Martna_vallavalitsus, lk 20
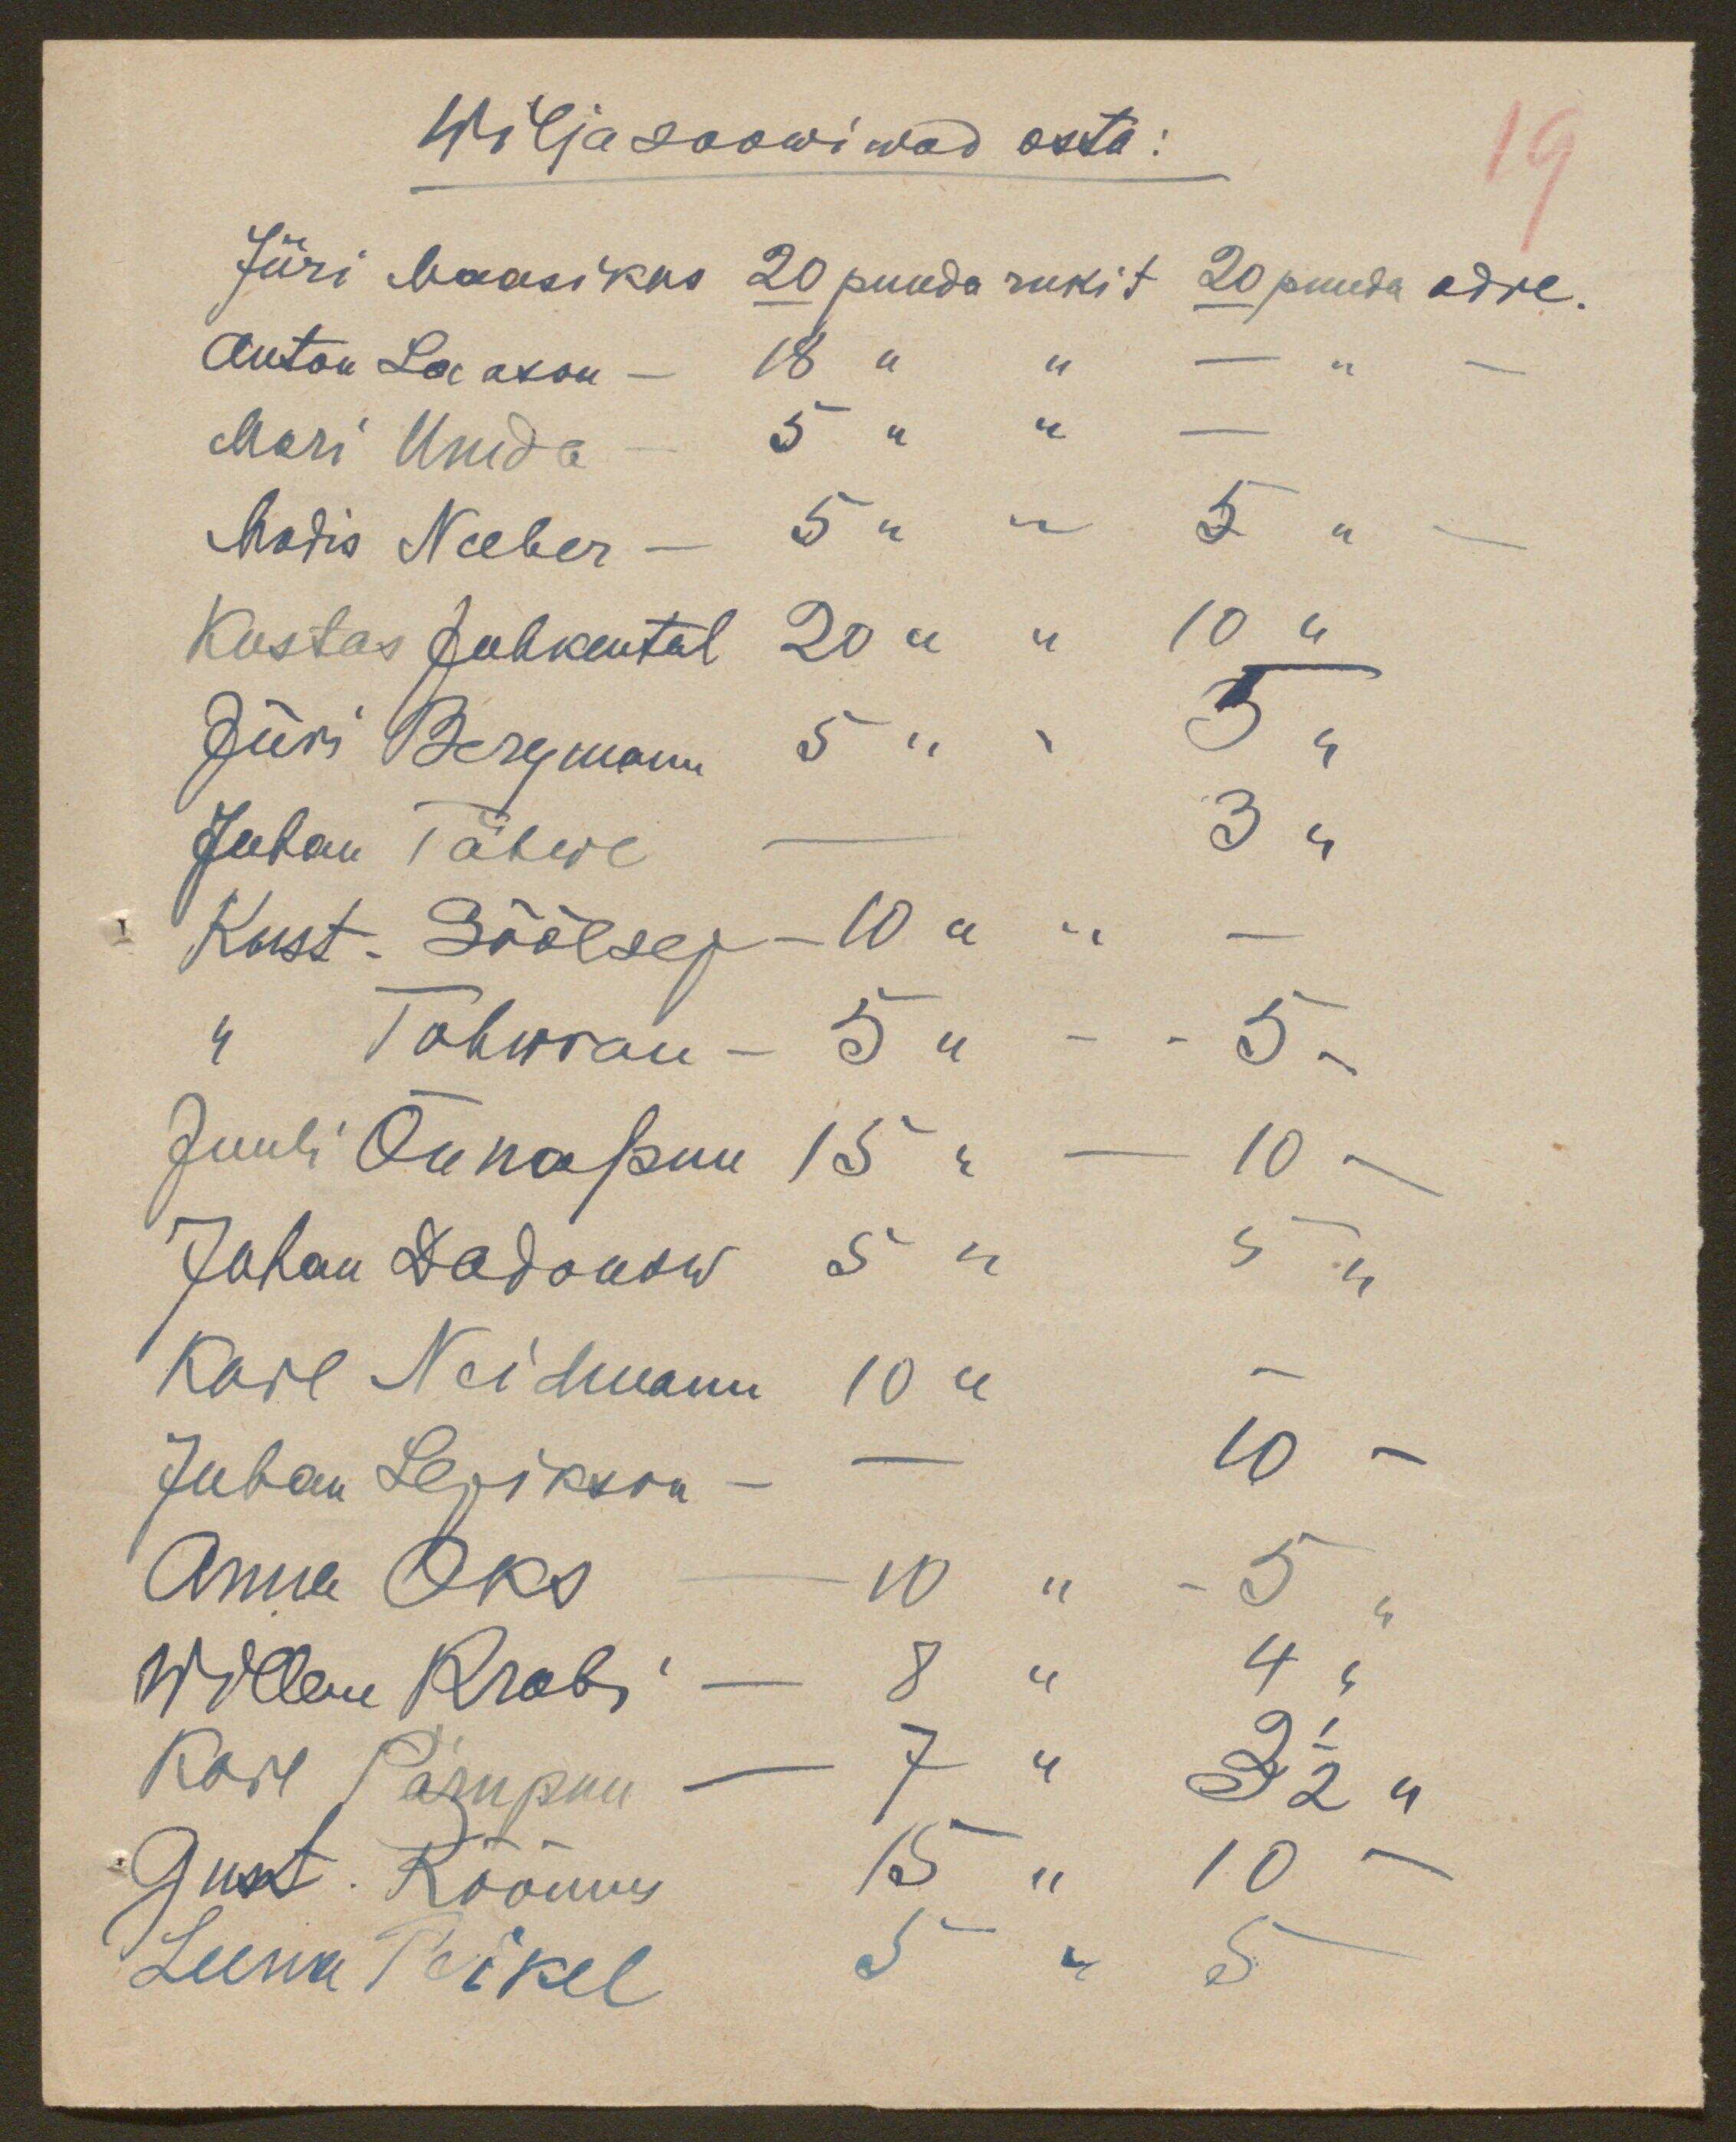
Wilja soowiwad osta:
Jüri Maasikas 20 puuda rukit 20 puuda odre.
Anton Laason - 18 " " - "
Mari Umda - 5 " "
Madis Naber - 5 " " 5 "
Kustas Juhkental 20 " " 10 "
Jüri Bergmann 5 " " 5 "
Juhan Tähwe - 3 "
Kust. Sõõlsep - 10 " " -
" Tohwran - 5 " - - 5 -
Juuli Õunapuu 15 " - 10 -
Juhan Dadonow 5 " 5 "
Karl Neidmann 10 " -
Juhan Lepikson - - 10 -
Anna Oks - 10 " - 5 "
Willem Krabi - 8 " 4 "
Karl Pärnpuu - 7 " 3 1/2 "
Gust. Rõõmus 15 " 10 -
Leena Peikel 5 " 5